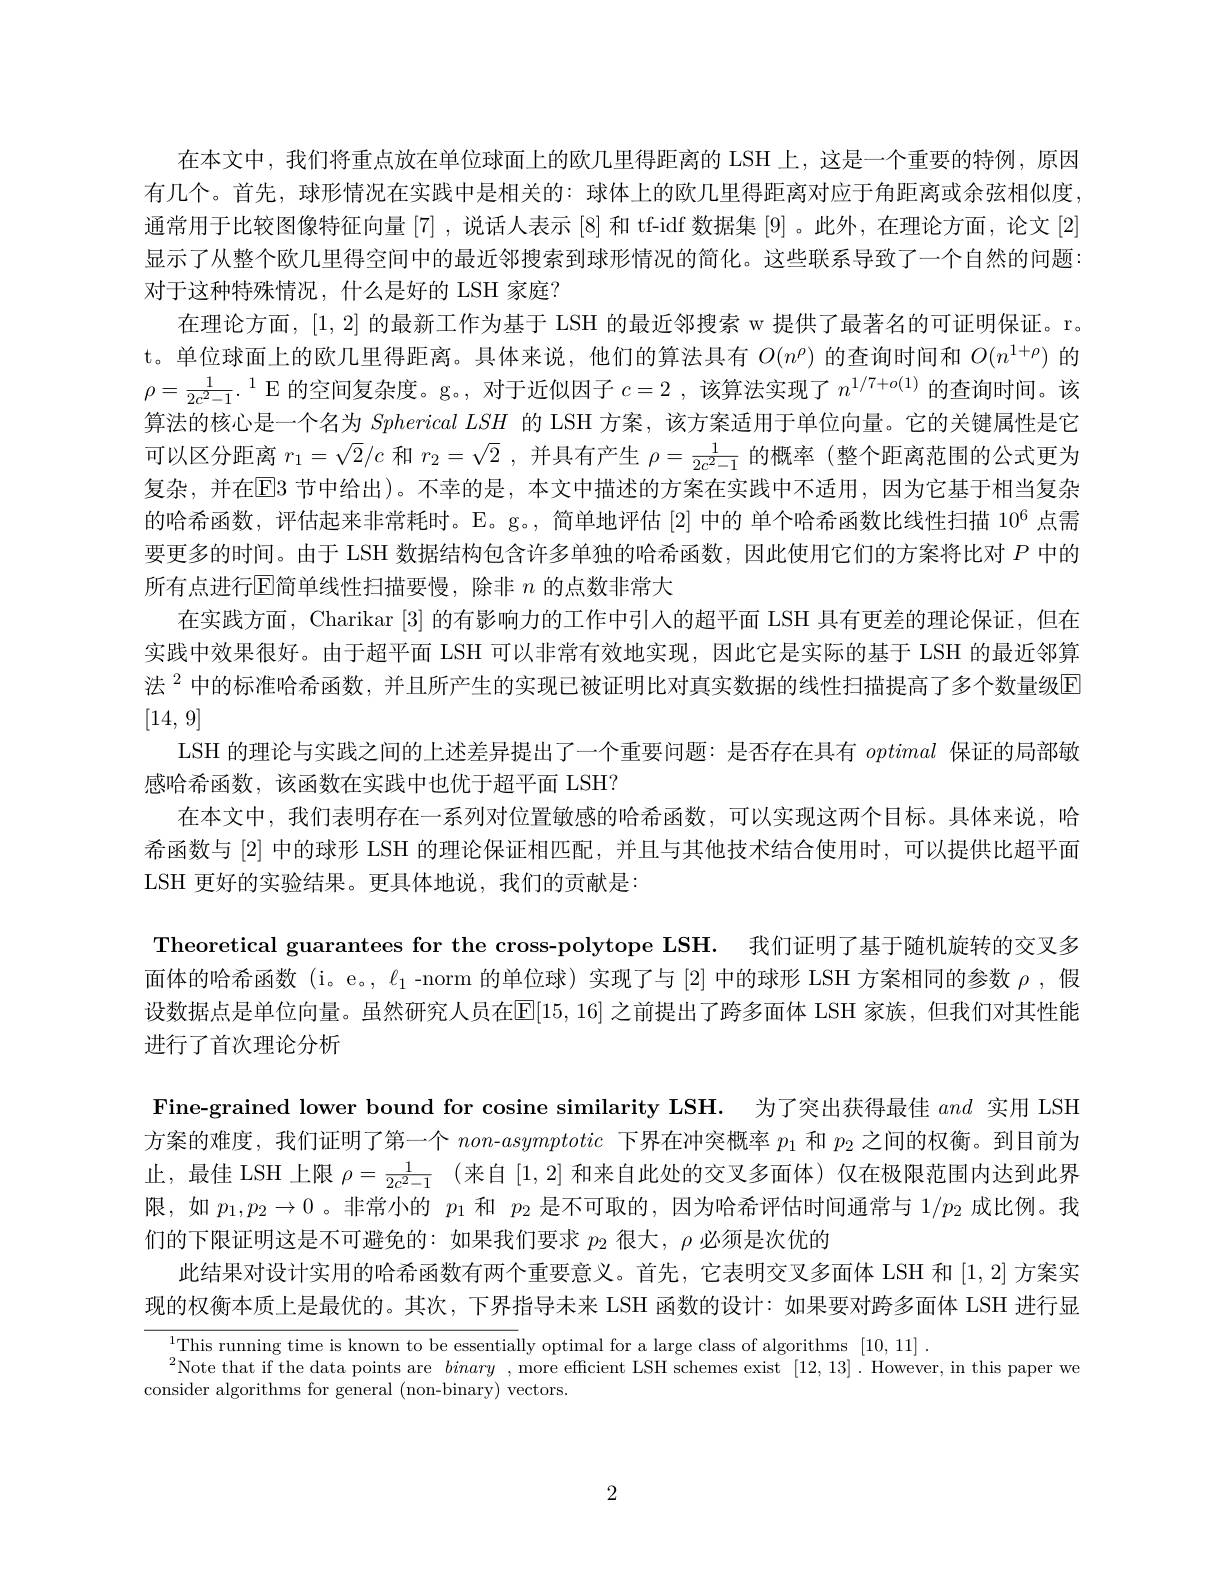
在本文中，我们将重点放在单位球面上的欧几里得距离的 LSH 上，这是一个重要的特例，原因有几个。首先，球形情况在实践中是相关的：球体上的欧儿里得距离对应于角距离或余弦相似度通常用于比较图像特征向量[7],说话人表示[8] 和 tf-idf 数据集[9]。此外，在理论方面，论文[2] 显示了从整个欧几里得空间中的最近邻搜索到球形情况的简化。这些联系导致了一个自然的问题对于这种特殊情况，什么是好的 LSH 家庭？
在理论方面，[1,2]的最新工作为基于 LSH 的最近邻搜索 w 提供了最著名的可证明保证。r。t。单位球面上的欧几里得距离。具体来说，他们的算法具有$O(n^\rho)$的查询时间和$O(n^{1+\rho})$的$\rho=\frac1{2c^2-1}.^{1}$E 的空间复杂度。g。,对于近似因子$c=2$ ,该算法实现了$n^{1/7+o(1)}$的查询时间。该算法的核心是一个名为SphericalLSH的 LSH 方案，该方案适用于单位向量。它的关键属性是它可以区分距离$r_1=\sqrt{2}/c$和$r_2=\sqrt{2}$,并具有产生$\rho=\frac1{2c^2-1}$的概率 (整个距离范围的公式更为复杂，并在$\overline{\mathrm{E}}$E3 节中给出)。不幸的是，本文中描述的方案在实践中不适用，因为它基于相当复杂的哈希函数，评估起来非常耗时。E。g。,简单地评估[2]中的 单个哈希函数比线性扫描 10$^{6}$点需要更多的时间。由于 LSH 数据结构包含许多单独的哈希函数，因此使用它们的方案将比对$P$中的所有点进行$\operatorname{E}$简单线性扫描要慢，除非 $n$ 的点数非常大
在实践方面，Charikar [3]的有影响力的工作中引人的超平面 LSH 具有更差的理论保证，但在实践中效果很好。由于超平面 LSH 可以非常有效地实现，因此它是实际的基于 LSH 的最近邻算法$^{2}$中的标准哈希函数，并且所产生的实现已被证明比对真实数据的线性扫描提高了多个数量级E [14,9]
LSH 的理论与实践之间的上述差异提出了一个重要问题：是否存在具有optimal保证的局部敏
感哈希函数，该函数在实践中也优于超平面 LSH?
在本文中，我们表明存在一系列对位置敏感的哈希函数，可以实现这两个目标。具体来说，哈希函数与[2]中的球形 LSH 的理论保证相匹配，并且与其他技术结合使用时，可以提供比超平面LSH 更好的实验结果。更具体地说，我们的贡献是：

Theoretical guarantees for the cross-polytope LSH. 我们证明了基于随机旋转的交叉多面体的哈希函数 (i。e。, $\ell_1$ -norm 的单位球) 实现了与[2]中的球形 LSH 方案相同的参数$\rho$ ,假设数据点是单位向量。虽然研究人员在$\mathbb{E}[15,16]$之前提出了跨多面体 LSH 家族，但我们对其性能进行了首次理论分析

Fine-grained lower bound for cosine similarity LSH. 为了突出获得最佳and实用 LSH 方案的难度，我们证明了第一个$non-asymptotic$下界在冲突概率$p_1$和$p_2$之间的权衡。到目前为止，最佳 LSH 上限$\rho=\frac1{2c^2-1}$ (来自[1,2]和来自此处的交叉多面体)仅在极限范围内达到此界限，如$p_1,p_2\to0$ 。非常小的$p_1$和$p_2$是不可取的，因为哈希评估时间通常与$1/p_2$成比例。我们的下限证明这是不可避免的：如果我们要求$p_{2}$很大，$\rho$必须是次优的
此结果对设计实用的哈希函数有两个重要意义。首先，它表明交叉多面体 LSH 和[1,2]方案实现的权衡本质上是最优的。其次，下界指导未来 LSH 函数的设计：如果要对跨多面体 LSH 进行显

$^{1}$This running time is known to be essentially optimal for a large class of algorithms [10,11].
$^{2}$Note that if the data points are binary ,more effcient LSH schemes exist [12,13]. However, in this paper we
consider algorithms for general (non-binary) vectors.

2